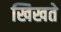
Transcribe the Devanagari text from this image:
खिखते